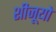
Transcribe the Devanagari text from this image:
शीजूयो